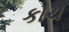
કાચ